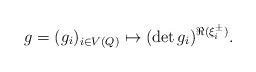
LaTeX: \begin{align*}g=(g_i)_{i \in V(Q)} \mapsto (\det g_i)^{\Re (\xi^{\pm}_i)}. \end{align*}